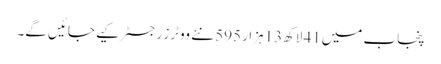
پنجاب میں41 لاکھ13ہزار 595 نئے ووٹرز رجسٹر کیے جائیں گے۔